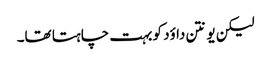
لیکن یونتن داؤد کو بہت چاہتا تھا۔